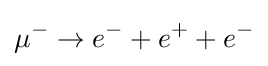
\mu ^{-}\to e^{-}+e^{+}+e^{-}